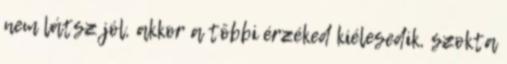
nem látsz jól, akkor a többi érzéked kiélesedik, szokta